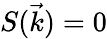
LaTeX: S(\vec{k})=0